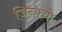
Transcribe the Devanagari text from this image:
जिन्क्यो